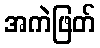
အကဲဖြတ်